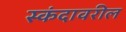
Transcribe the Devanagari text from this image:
स्कंदावरील